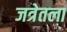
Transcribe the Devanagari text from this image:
जत्रेतला